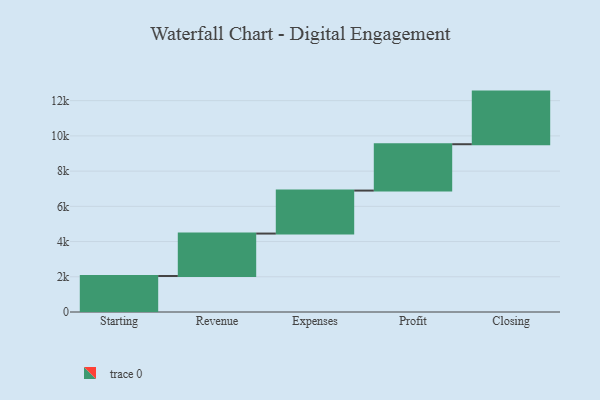
{"axis": {"x": "Step", "y": "Value"}, "legend": [""], "data": [{"x": "Starting", "y": 2044.0, "type": ""}, {"x": "Revenue", "y": 2410.0, "type": ""}, {"x": "Expenses", "y": 2441.0, "type": ""}, {"x": "Profit", "y": 2632.0, "type": ""}, {"x": "Closing", "y": 2988.0, "type": ""}]}